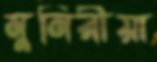
মুনিরীয়া